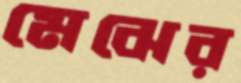
মেঝের